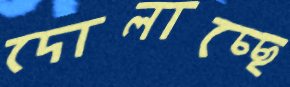
দোলাচ্ছে